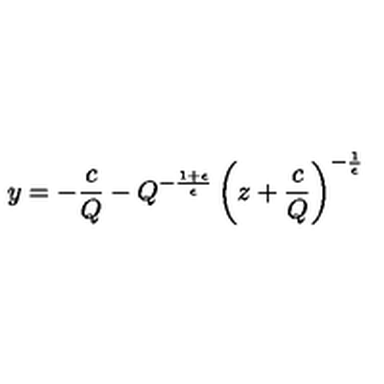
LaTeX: y = - \frac { c } { Q } - Q ^ { - \frac { 1 + \epsilon } { \epsilon } } \left( z + \frac { c } { Q } \right) ^ { - \frac { 1 } { \epsilon } }